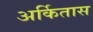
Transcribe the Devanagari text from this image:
अर्कितास